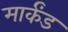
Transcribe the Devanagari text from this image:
मार्कंड